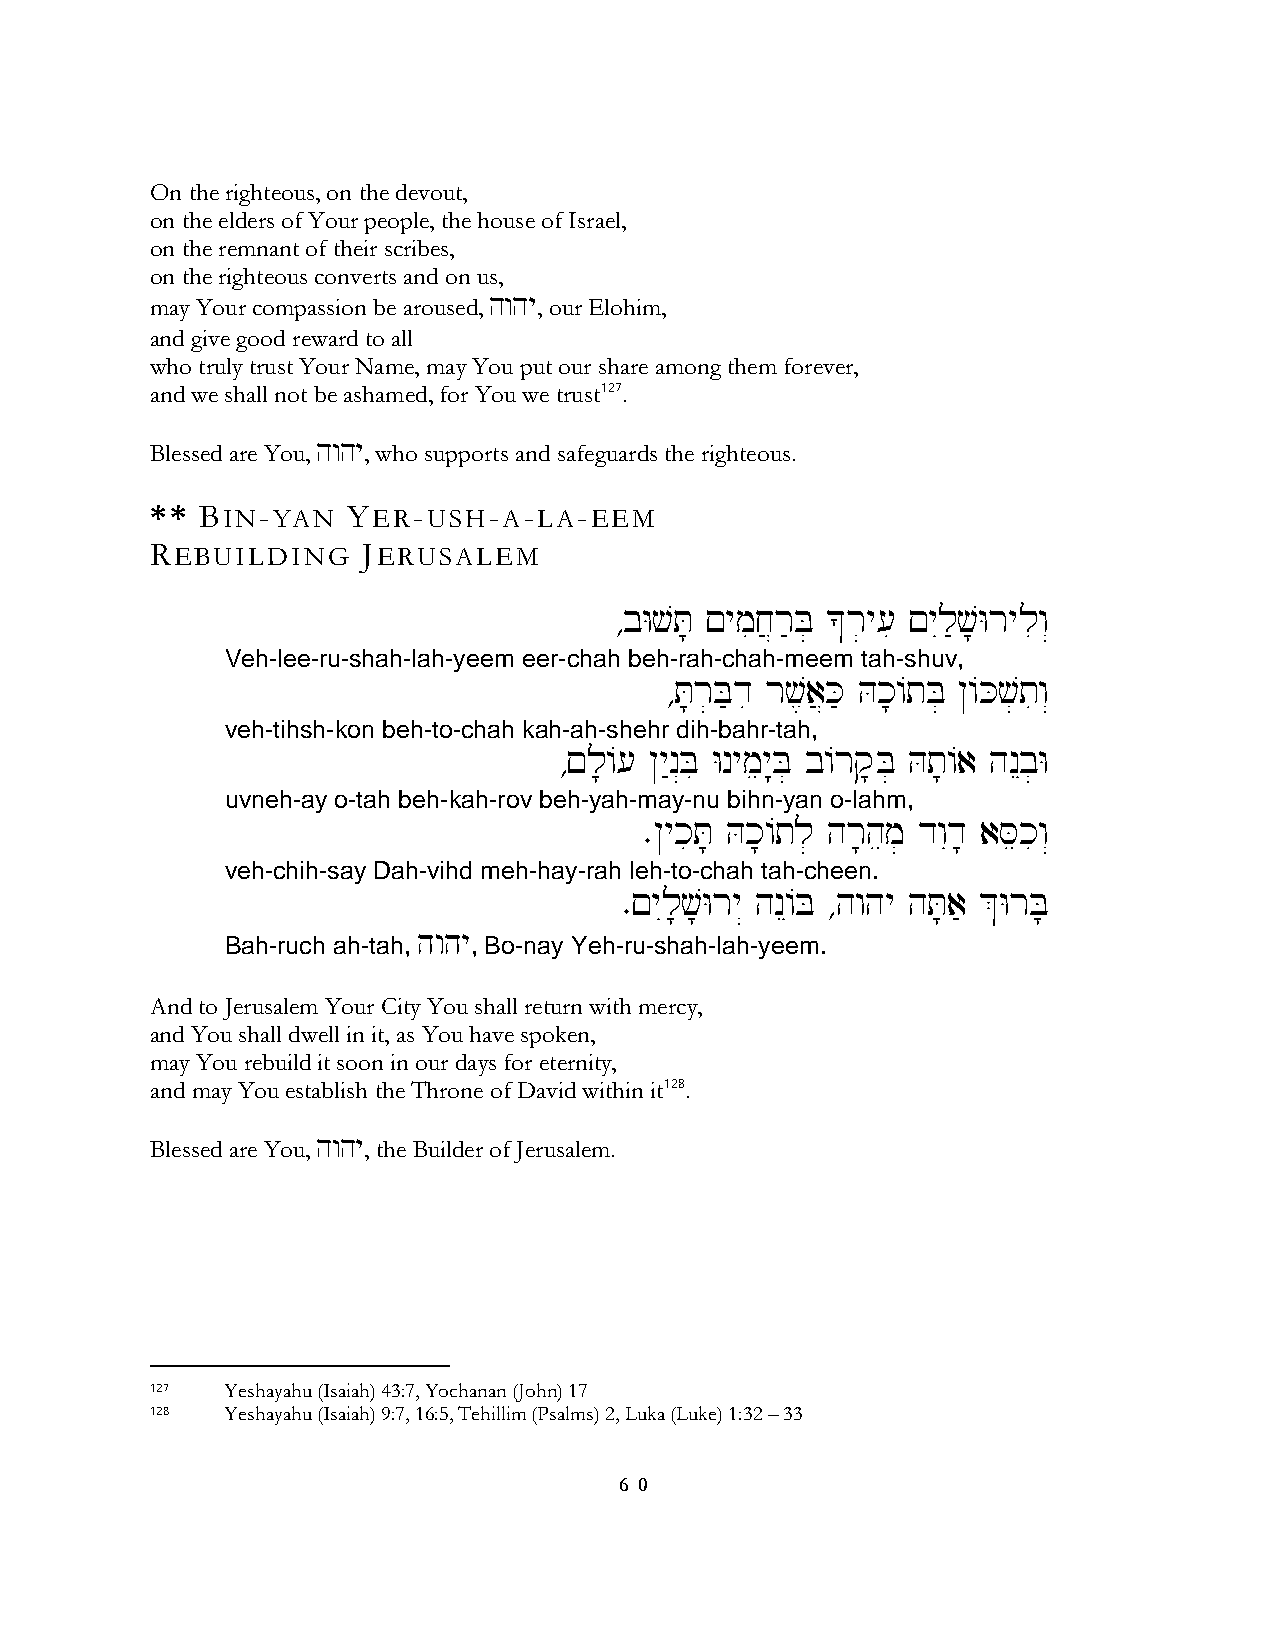
On the righteous, on the devout,
 on the elders of Your people, the house of Israel,
 on the remnant of their scribes,
 on the righteous converts and on us,
 may Your compassion be aroused, hwhy, our Elohim,
 and give good reward to all
 who truly trust Your Name, may You put our share among them forever,
 and we shall not be ashamed, for You we trust127.
 Blessed are You, hwhy, who supports and safeguards the righteous.
 ** BIN-YAN   YER-USH-A-LA-EEM
 REBUILDING    JERUSALEM
 ∆bWvT; !ymij}r'B] *r]y[i !yIl'v;Wryliw“
 Veh-lee-ru-shah-lah-yeem eer-chah beh-rah-chah-meem tah-shuv,
 ∆T;r]B'di rv,a}K' Hk;/tB] @/Kv]tiw“
 veh-tihsh-kon beh-to-chah kah-ah-shehr dih-bahr-tah,
 ∆!l;/[ @y"n“Bi Wnymey:B] b/rq;B] Ht;/a hnEb]W
 uvneh-ay o-tah beh-kah-rov beh-yah-may-nu bihn-yan o-lahm,
 ∑@ykiT; Hk;/tl] hr;hem] dwId; aSekiw“
 veh-chih-say Dah-vihd meh-hay-rah leh-to-chah tah-cheen.
 ∑!yIl;v;Wry“ hnE/B ∆hwhy hT;a' &WrB;
 hwhy
 Bah-ruch ah-tah, , Bo-nay Yeh-ru-shah-lah-yeem.
 And to Jerusalem Your City You shall return with mercy,
 and You shall dwell in it, as You have spoken,
 may You rebuild it soon in our days for eternity,
 and may You establish the Throne of David within it128.
 Blessed are You, hwhy, the Builder of Jerusalem.
 127  Yeshayahu (Isaiah) 43:7, Yochanan (John) 17
 128  Yeshayahu (Isaiah) 9:7, 16:5, Tehillim (Psalms) 2, Luka (Luke) 1:32 – 33
 6 0